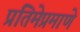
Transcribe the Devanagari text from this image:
प्रतिमेप्रमाणे